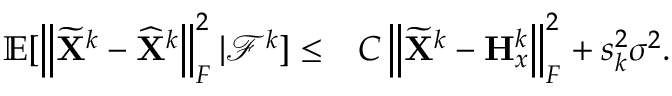
\begin{array} { r l } { { \mathbb { E } } [ \left\| \widetilde { { \mathbf { X } } } ^ { k } - \widehat { { \mathbf { X } } } ^ { k } \right\| _ { F } ^ { 2 } \vert { \mathcal { F } } ^ { k } ] \leq } & { C \left\| \widetilde { { \mathbf { X } } } ^ { k } - { \mathbf { H } } _ { x } ^ { k } \right\| _ { F } ^ { 2 } + s _ { k } ^ { 2 } \sigma ^ { 2 } . } \end{array}